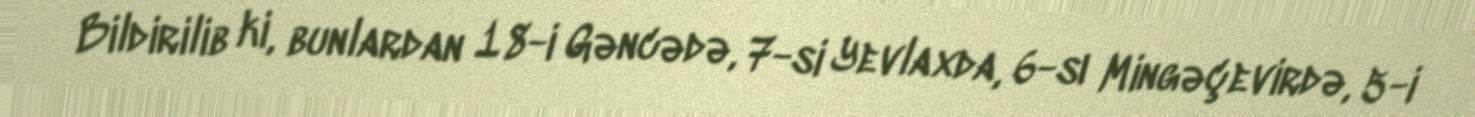
Bildirilib ki, bunlardan 18-i Gəncədə, 7-si Yevlaxda, 6-sı Mingəçevirdə, 5-i